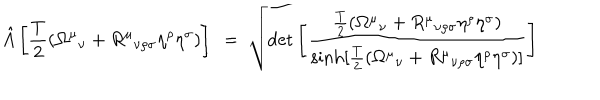
LaTeX: { \hat { A } } \left[ { \frac { T } { 2 } } ( { \Omega ^ { \mu } } _ { \nu } + { R ^ { \mu } } _ { \nu \rho \sigma } \eta ^ { \rho } \eta ^ { \sigma } ) \right] ~ = ~ \sqrt { \det \left[ { \frac { \frac { T } { 2 } ( { \Omega ^ { \mu } } _ { \nu } + { R ^ { \mu } } _ { \nu \rho \sigma } \eta ^ { \rho } \eta ^ { \sigma } ) } { \sinh [ \frac { T } { 2 } ( { \Omega ^ { \mu } } _ { \nu } + { R ^ { \mu } } _ { \nu \rho \sigma } \eta ^ { \rho } \eta ^ { \sigma } ) ] } } \right] }